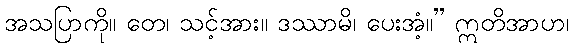
အသပြာကို။ တေ၊ သင့်အား။ ဒဿာမိ၊ ပေးအံ့။” ဣတိအာဟ၊